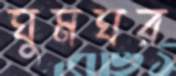
ঘুমঘর